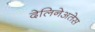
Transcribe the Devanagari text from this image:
देलिनेअतेस